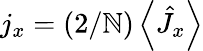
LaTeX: j_{x}=(2/\mathbb{N})\left\langle\hat{{J}}_{x}\right\rangle